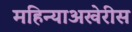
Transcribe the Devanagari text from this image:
महिन्याअखेरीस